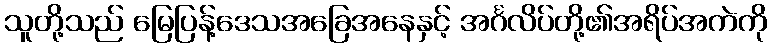
သူတို့သည် မြေပြန့်ဒေသအခြေအနေနှင့် အင်္ဂလိပ်တို့၏အရိပ်အကဲကို